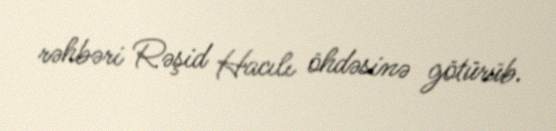
rəhbəri Rəşid Hacılı öhdəsinə götürüb.